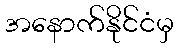
အနောက်နိုင်ငံမှ